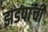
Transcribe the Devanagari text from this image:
झडपांची